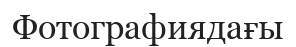
Фотографиядағы